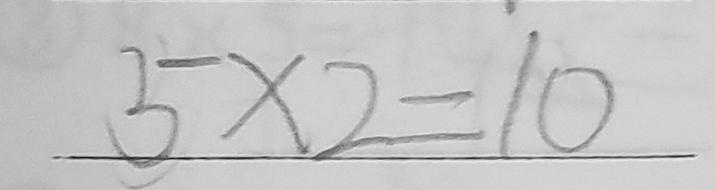
5 \times 2 = 1 0